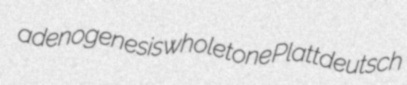
adenogenesis wholetone Plattdeutsch